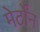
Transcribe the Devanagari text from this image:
मेर्टोंन